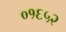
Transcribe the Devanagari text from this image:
०१६५२